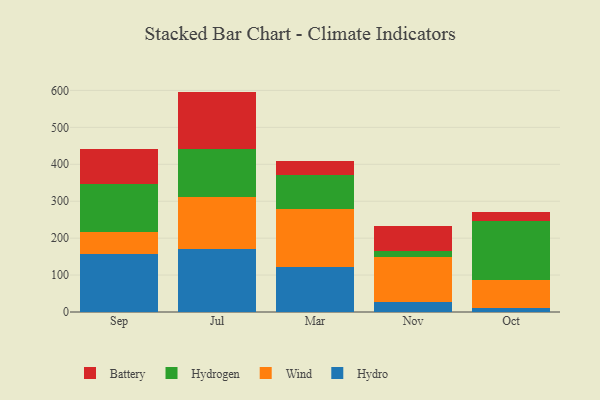
{"axis": {"x": "Month", "y": "Production Output"}, "legend": ["Battery", "Hydro", "Hydrogen", "Wind"], "data": [{"x": "Sep", "y": 157.3, "type": "Hydro"}, {"x": "Sep", "y": 59.0, "type": "Wind"}, {"x": "Sep", "y": 130.9, "type": "Hydrogen"}, {"x": "Sep", "y": 93.3, "type": "Battery"}, {"x": "Jul", "y": 170.4, "type": "Hydro"}, {"x": "Jul", "y": 140.2, "type": "Wind"}, {"x": "Jul", "y": 131.9, "type": "Hydrogen"}, {"x": "Jul", "y": 154.3, "type": "Battery"}, {"x": "Mar", "y": 121.3, "type": "Hydro"}, {"x": "Mar", "y": 158.4, "type": "Wind"}, {"x": "Mar", "y": 90.7, "type": "Hydrogen"}, {"x": "Mar", "y": 38.6, "type": "Battery"}, {"x": "Nov", "y": 25.8, "type": "Hydro"}, {"x": "Nov", "y": 124.0, "type": "Wind"}, {"x": "Nov", "y": 16.1, "type": "Hydrogen"}, {"x": "Nov", "y": 68.3, "type": "Battery"}, {"x": "Oct", "y": 12.0, "type": "Hydro"}, {"x": "Oct", "y": 75.8, "type": "Wind"}, {"x": "Oct", "y": 158.1, "type": "Hydrogen"}, {"x": "Oct", "y": 26.2, "type": "Battery"}]}